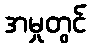
အမှုတွင်